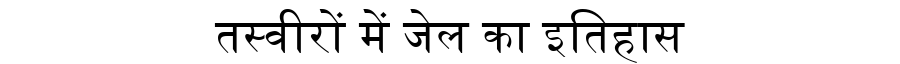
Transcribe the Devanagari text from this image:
तस्वीरों में जेल का इतिहास